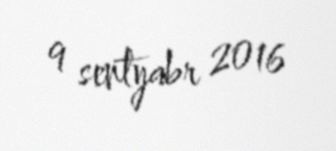
9 sentyabr 2016